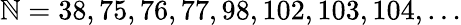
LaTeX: \mathbb{N}=38,75,76,77,98,102,103,104,\dots